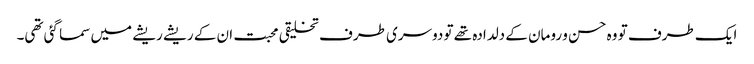
ایک طرف تو وہ حسن و رومان کے دلدادہ تھے تو دوسری طرف تخلیقی محبت ان کے ریشے ریشے میں سما گئی تھی۔